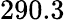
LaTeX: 290.3